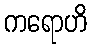
ကရောဟိ